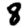
Digit: 8